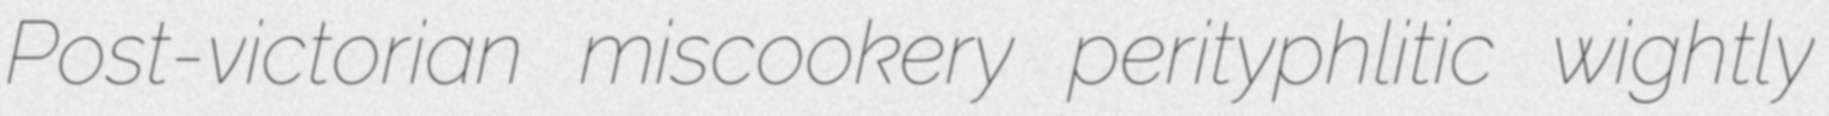
Post-victorian miscookery perityphlitic wightly